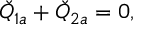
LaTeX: \check { Q } _ { 1 a } + \check { Q } _ { 2 a } = 0 ,